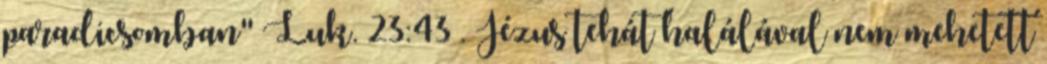
paradicsomban" Luk. 23:43 . Jézus tehát halálával nem mehetett